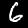
Label: 6